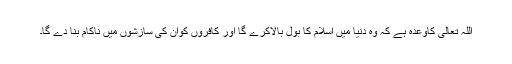
اللہ تعالیٰ کاوعدہ ہے کہ وہ دنیا میں اسلام کا بول بالاکرے گا اور کافروں کوان کی سازشوں میں ناکام بنا دے گا۔